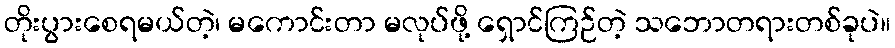
တိုးပွားစေရမယ်တဲ့၊ မကောင်းတာ မလုပ်ဖို့ ရှောင်ကြဉ်တဲ့ သဘောတရားတစ်ခုပဲ။